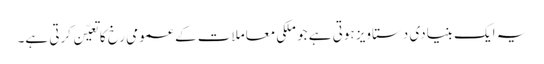
یہ ایک بنیادی دستاویز ہوتی ہے جو ملکی معاملات کے عمومی رخ کا تعیّن کرتی ہے۔